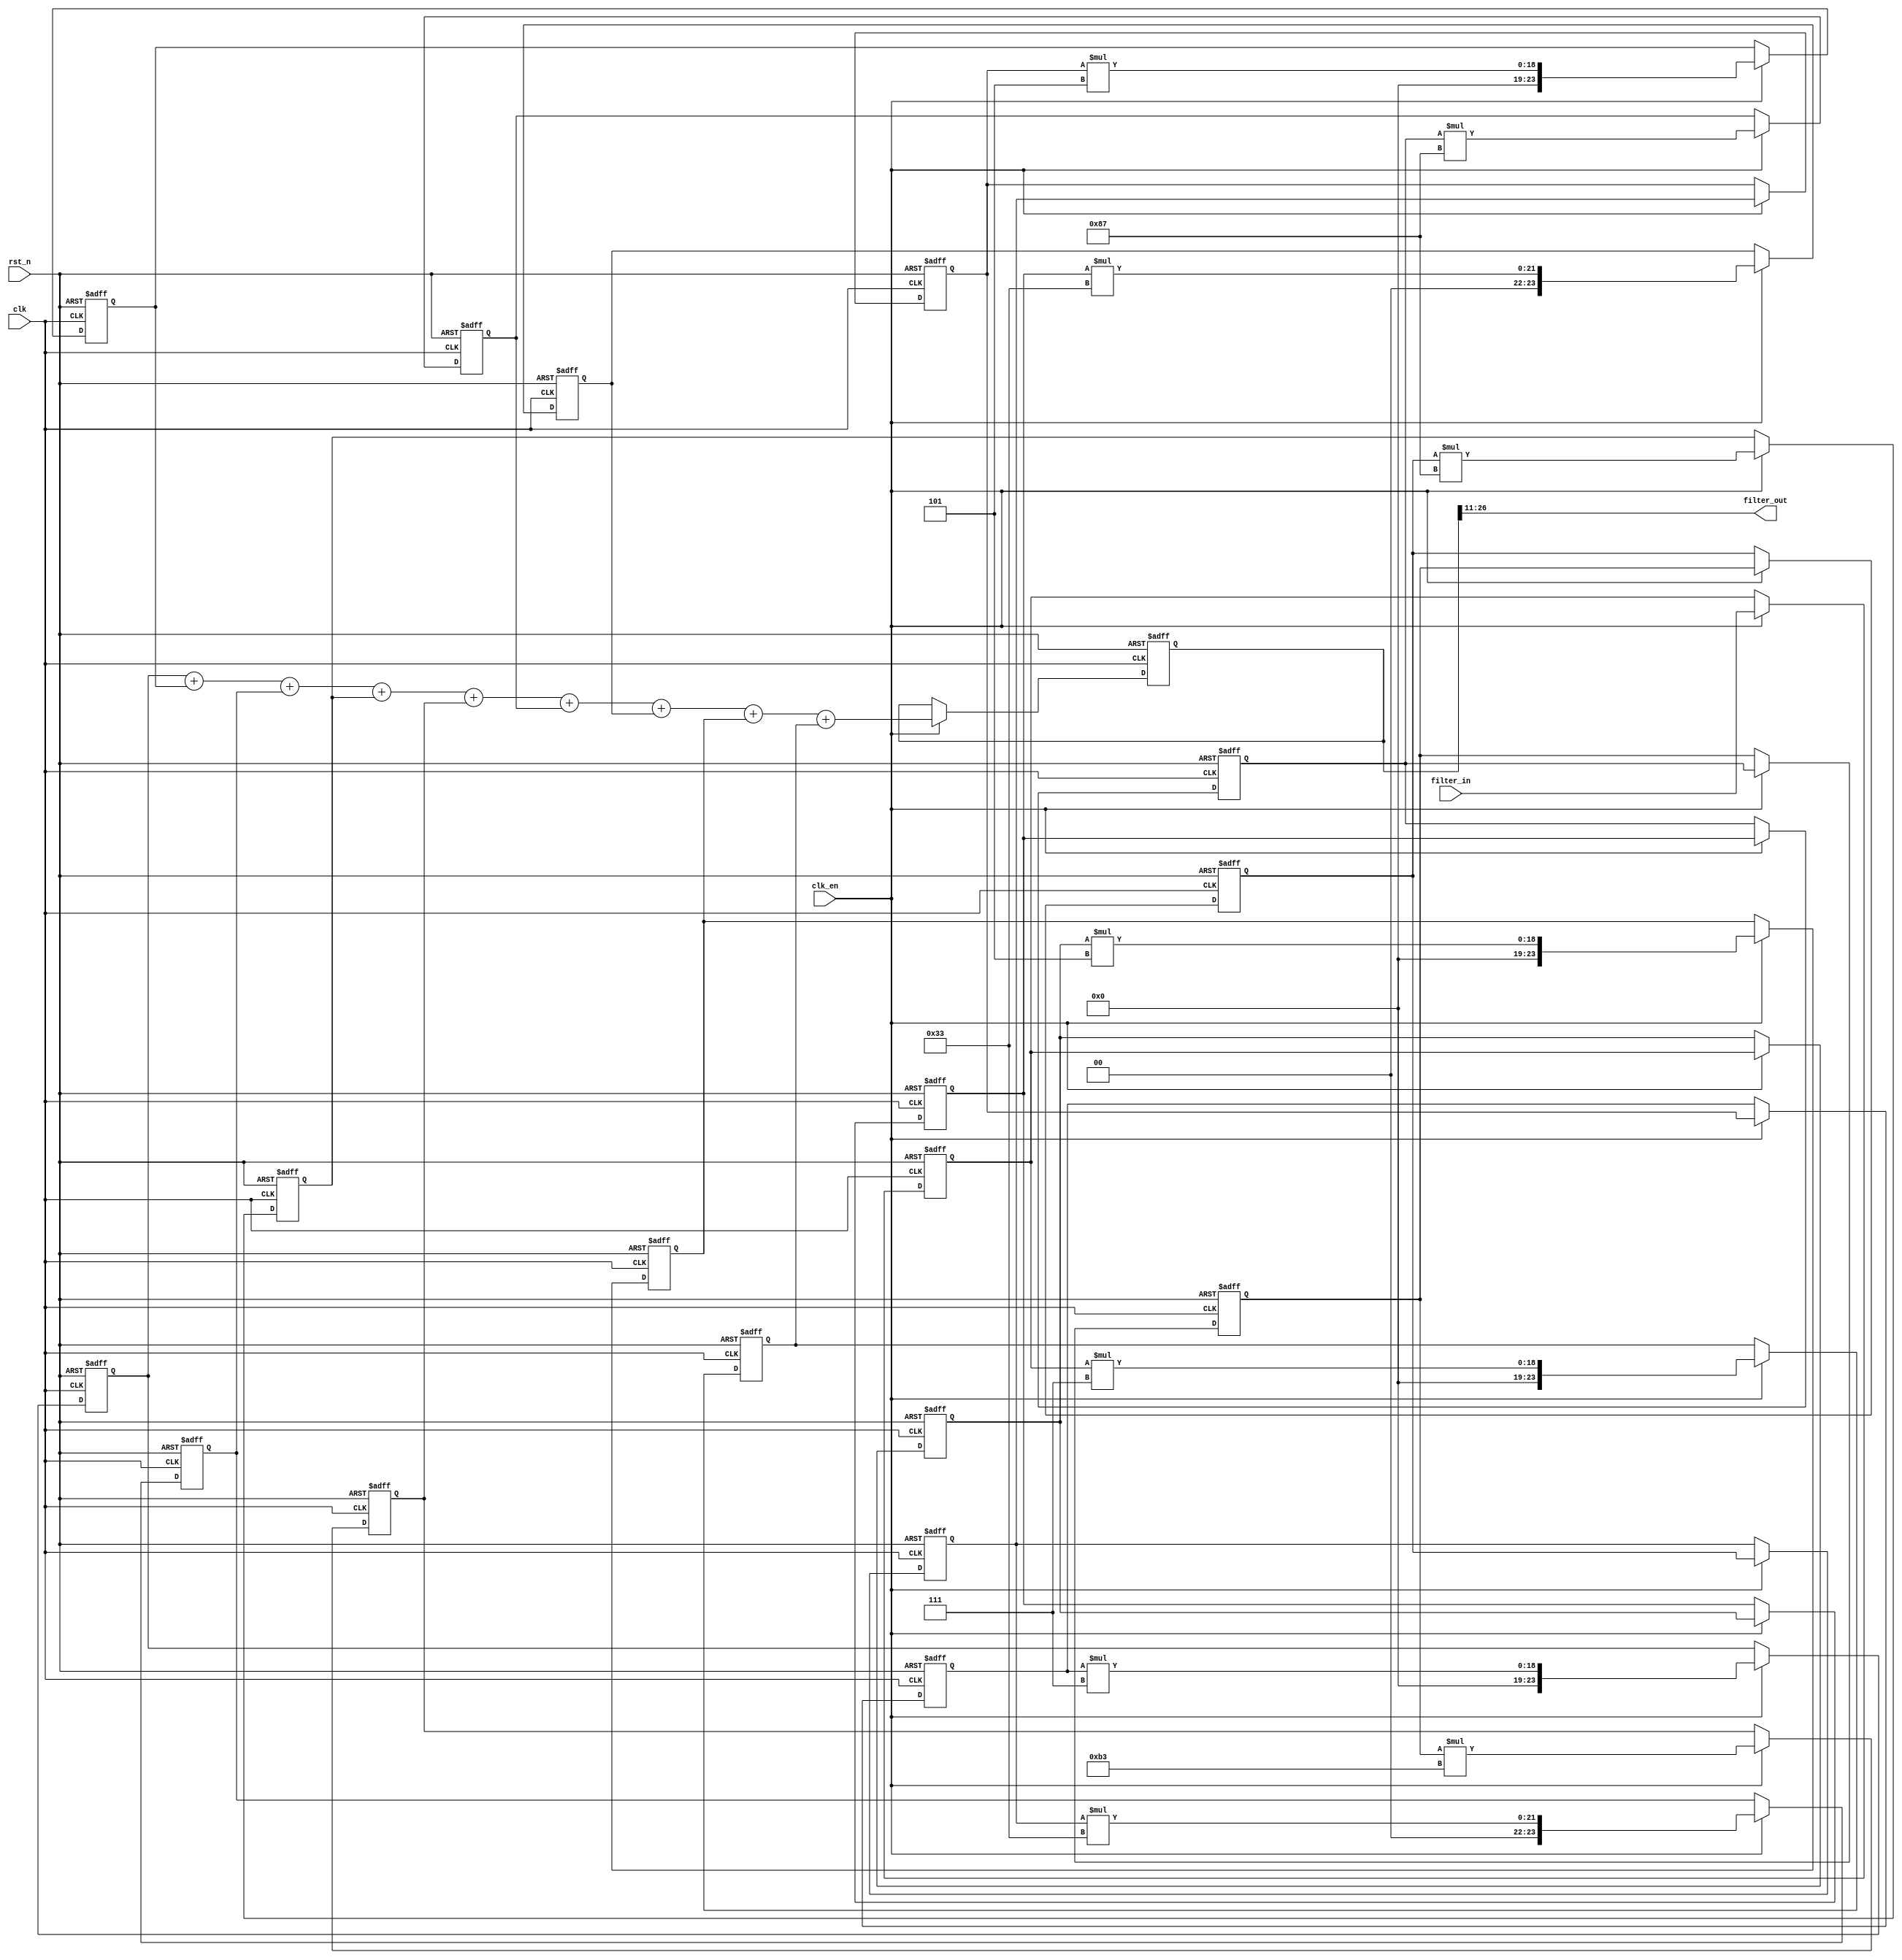
//------------------------------------------------------------------------------
//
//Module Name:					FIR.v
//Department:					Xidian University
//Function Description:	   FIR
//
//------------------------------------------------------------------------------
//
//Version 	Design		Coding		Simulata	  Review		Rel data
//V1.0		Verdvana		Verdvana		Verdvana		        	2019-11-6
//
//-----------------------------------------------------------------------------------

`timescale 1ns/1ns

module FIR(
	/*******  *******/
		input				clk,			//
		input				rst_n,		//
	/********  ********/	
		input				clk_en,		//
	/******  ******/		
		input  [15:0]	filter_in,	//
		output [15:0]	filter_out	//
);



/*******  ********/

parameter  [7:0]	coeff0 = 8'd7;
parameter  [7:0]	coeff1 = 8'd5;
parameter  [7:0]	coeff2 = 8'd51;
parameter  [7:0]	coeff3 = 8'd135;
parameter  [7:0]	coeff4 = 8'd179;
parameter  [7:0]	coeff5 = 8'd135;
parameter  [7:0]	coeff6 = 8'd51;
parameter  [7:0]	coeff7 = 8'd5;
parameter  [7:0]	coeff8 = 8'd7;


/********  ********/
reg [15:0]	delay_pipeline [0:8];	//
reg [23:0]	product 			[0:8];	//
reg [26:0]	sum;							//


//--------------------------------------------------
//
	
always@(posedge clk or negedge rst_n) begin

	if(!rst_n) begin
	
		delay_pipeline[0] <= 0;
		delay_pipeline[1] <= 0;
		delay_pipeline[2] <= 0;
		delay_pipeline[3] <= 0;
		delay_pipeline[4] <= 0;
		delay_pipeline[5] <= 0;
		delay_pipeline[6] <= 0;
		delay_pipeline[7] <= 0;
		delay_pipeline[8] <= 0;
	
	end
		
		
	else if(clk_en) begin
		
		delay_pipeline[0] <= filter_in;
		delay_pipeline[1] <= delay_pipeline[0];
		delay_pipeline[2] <= delay_pipeline[1];
		delay_pipeline[3] <= delay_pipeline[2];
	   delay_pipeline[4] <= delay_pipeline[3];
		delay_pipeline[5] <= delay_pipeline[4];
		delay_pipeline[6] <= delay_pipeline[5];
		delay_pipeline[7] <= delay_pipeline[6];
	   delay_pipeline[8] <= delay_pipeline[7];
	
	end
end


//--------------------------------------------------
//
always@(posedge clk or negedge rst_n) begin

	if(!rst_n) begin
		product[0] <= 0; 
		product[1] <= 0; 
		product[2] <= 0; 
		product[3] <= 0; 
	   product[4] <= 0; 
	   product[5] <= 0; 
	   product[6] <= 0; 
	   product[7] <= 0; 
	   product[8] <= 0; 
	end
	
	else if(clk_en) begin
		product[0] <= delay_pipeline[0]*coeff0;
		product[1] <= delay_pipeline[1]*coeff1;
		product[2] <= delay_pipeline[2]*coeff2;
		product[3] <= delay_pipeline[3]*coeff3;
		product[4] <= delay_pipeline[4]*coeff4;
		product[5] <= delay_pipeline[5]*coeff5;
		product[6] <= delay_pipeline[6]*coeff6;
		product[7] <= delay_pipeline[7]*coeff7;
		product[8] <= delay_pipeline[8]*coeff8;
	end

end
	

//--------------------------------------------------	
//
always@(posedge clk or negedge rst_n) begin

	if(!rst_n)
		sum <= 0;
	
	else if(clk_en)
		sum <= (product[8]+product[7]+product[6]+product[5]+product[4]+product[3]+product[2]+product[1]+product[0]);
	
end	
	
	
//--------------------------------------------------
//
assign filter_out = sum[26:11];

endmodule